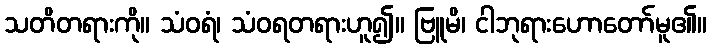
သတိတရားကို။ သံဝရံ၊ သံဝရတရားဟူ၍။ ဗြူမိ၊ ငါဘုရားဟောတော်မူ၏။